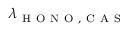
\lambda _ { \mathrm { ~ H ~ O ~ N ~ O ~ , ~ C ~ A ~ S ~ } }